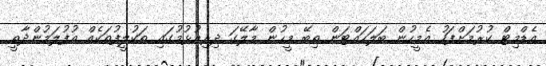
އެޑްމިޓް ކުރުމަށްފަހު އެމީހުން ބަލަހައްޓަން ތިބޭ މީހުން މާލޭގަ ދިރިއުޅުމުގައި ތަކުލީފުތަކެއް އުފުލަމުންދާތީ